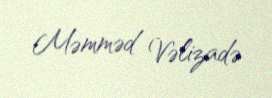
Məmməd Vəlizadə